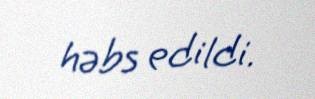
həbs edildi.